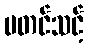
မတင်သင့်